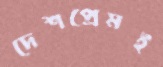
দেশপ্রেমই